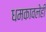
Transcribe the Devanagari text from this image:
धमकावलेही